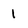
Character: 1